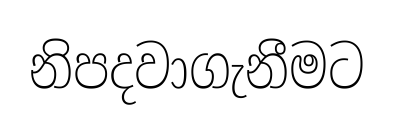
නිපදවාගැනීමට